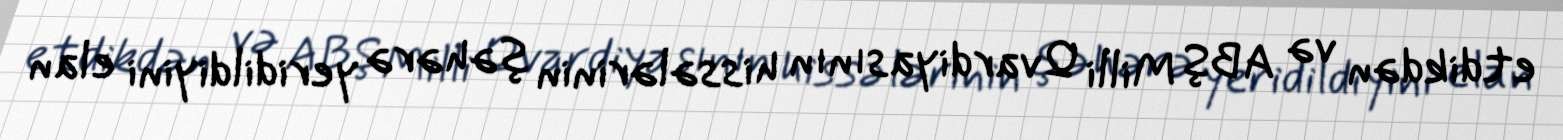
etdikdən və ABŞ Milli Qvardiyasının hissələrinin şəhərə yeridildiyini elan